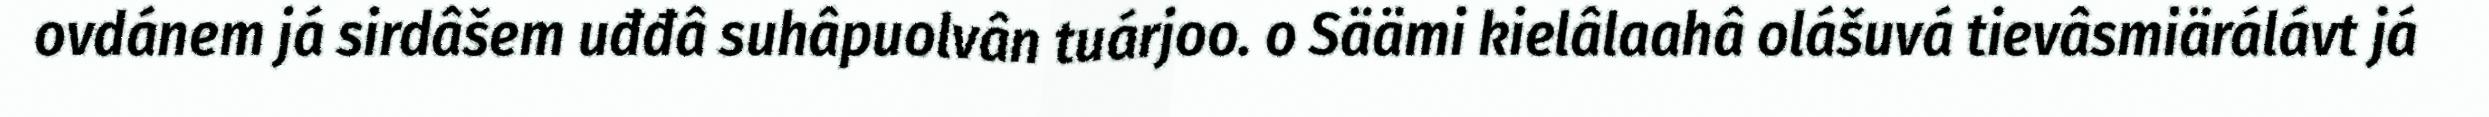
ovdánem já sirdâšem uđđâ suhâpuolvân tuárjoo. o Säämi kielâlaahâ olášuvá tievâsmiärálávt já